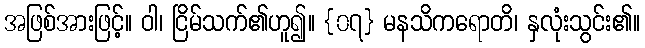
အဖြစ်အားဖြင့်။ ဝါ၊ ငြိမ်သက်၏ဟူ၍။ {၀၇} မနသိကရောတိ၊ နှလုံးသွင်း၏။